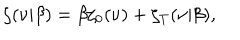
\zeta ( \nu | \beta ) = \beta \zeta _ { 0 } ( \nu ) + \zeta _ { T } ( \nu | \beta ) ,